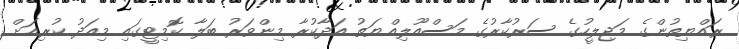
ރައްޔިތުންގެ މަޖިލީހުގެ ސަރުކާރުގެ މަސްއޫލިއްޔަތު އަދާކުރާ މިންވަރު ބަލާ ކޮމިޓީގައި މިއަދު ކުރިއަށް